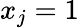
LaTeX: x_{j}=1